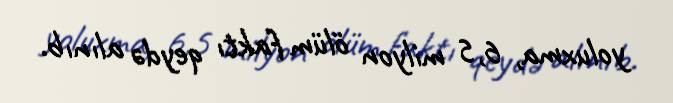
yoluxma, 6,5 milyon ölüm faktı qeydə alınıb.